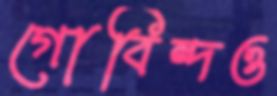
গোবিন্দও